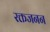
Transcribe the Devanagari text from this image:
रक्तजनन